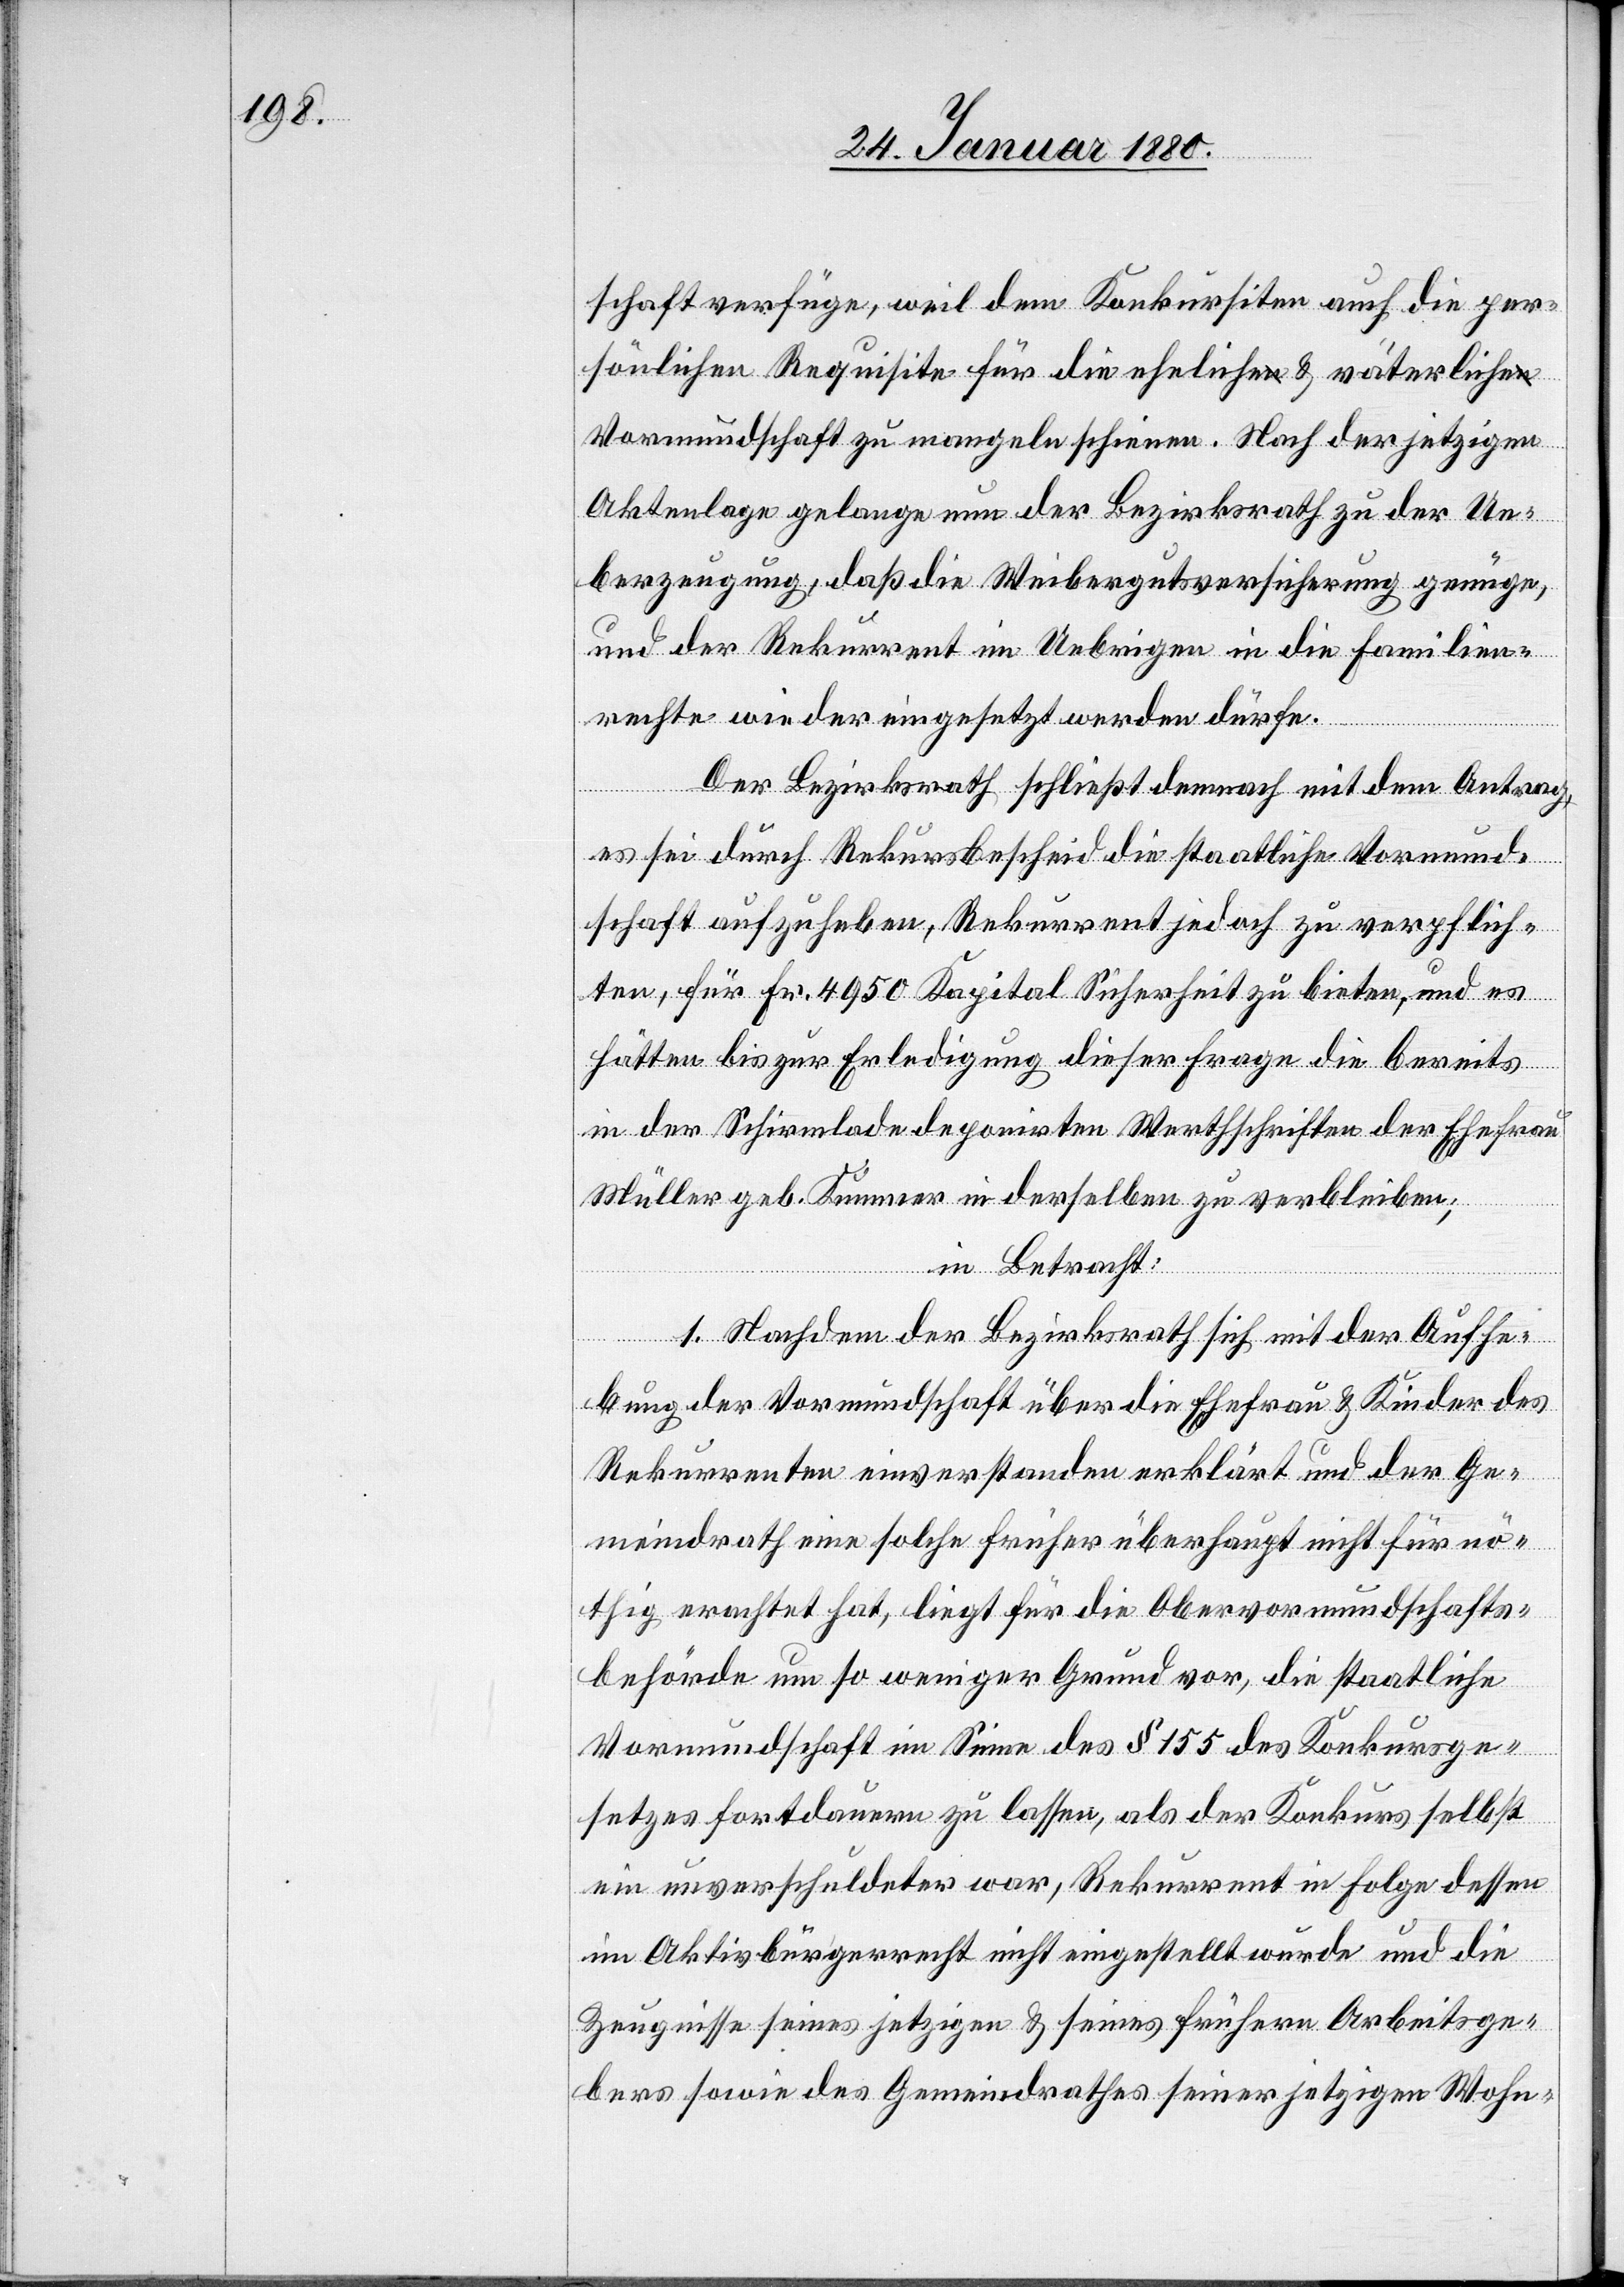
schaft verfüge, weil dem Konkursiten auch die per¬
sönlichen Requisiten für die eheliche & väterliche
Vormundschaft zu mangeln schienen. Nach der jetzigen
Aktenlage gelange nun der Bezirksrath zu der Ue¬
berzeugung, daß die Weibergutsversicherung genüge,
und der Rekurrent im Uebrigen in die Familien¬
rechte wieder eingesetzt werden dürfe.
Der Bezirksrath schließt demnach mit dem Antrag,
es sei durch Rekursbescheid die staatliche Vormund¬
schaft aufzuheben, Rekurrent jedoch zu verpflich¬
ten, für Fr. 4950 Kapital Sicherheit zu bieten, und es
hätten bis zur Erledigung dieser Frage die bereits
in der Schirmlade deponirten Werthschriften der Ehefrau
Müller geb. Kummer in derselben zu verbleiben.
in Betracht:
1. Nachdem der Bezirksrath sich mit der Aufhe¬
bung der Vormundschaft über die Ehefrau & Kinder des
Rekurrenten einverstanden erklärt und der Ge¬
meindrath eine solche früher überhaupt nicht für nö¬
thig erachtet hat, liegt für die Obervormundschafts¬
behörde um so weniger Grund vor, die staatliche
Vormundschaft im Sinne des § 155 des Konkursge¬
setzes fortdauern zu lassen, als der Konkurs selbst
ein unverschuldeter war, Rekurrent in Folge dessen
im Aktivbürgerrecht nicht eingestellt wurde und die
Zeugnisse seines jetzigen & seines frühern Arbeitsge¬
bers sowie des Gemeindrathe seiner jetzigen Wohn-